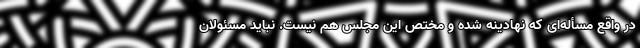
در واقع مسأله‌ای که نهادینه شده و مختص این مجلس هم نیست. نباید مسئولان